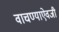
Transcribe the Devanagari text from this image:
वाचण्याऐवजी